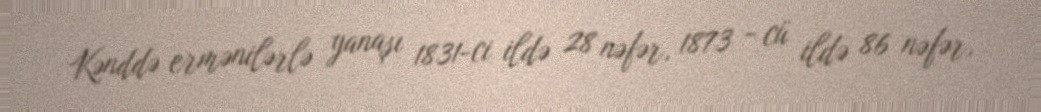
Kənddə ermənilərlə yanaşı 1831-ci ildə 28 nəfər, 1873 - cü ildə 86 nəfər,